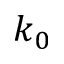
k _ { 0 }